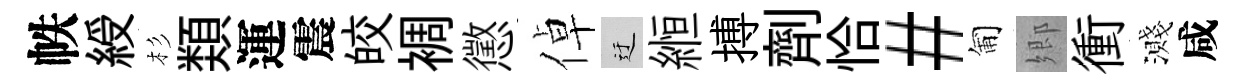
帙綬杉𩔖運震皎裯懲倬迂縆搏劑恰#匍郷衝濺咸